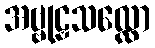
အဗ္ဗုဠှသလ္လော